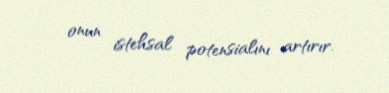
onun istehsal potensialını artırır.